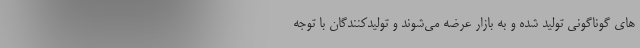
های گوناگونی تولید شده و به بازار عرضه می‌شوند و تولیدکنندگان با توجه